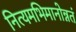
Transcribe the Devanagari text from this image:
नित्यमभिमानोन्नतं